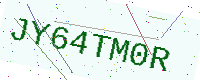
Text: JY64TM0R